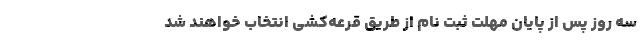
سه روز پس از پایان مهلت ثبت نام از طریق قرعه‌کشی انتخاب خواهند شد